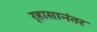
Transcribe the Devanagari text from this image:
र्‍हासानंतर